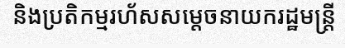
និងប្រតិកម្មរហ័សសម្តេចនាយករដ្ឋមន្ត្រី